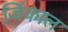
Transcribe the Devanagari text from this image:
जिंकाल